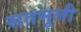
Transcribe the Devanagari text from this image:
सतमूली